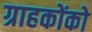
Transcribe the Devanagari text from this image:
ग्राहकोंको